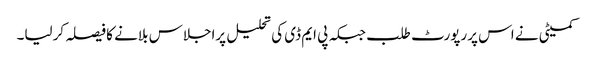
کمیٹی نے اس پررپورٹ طلب جبکہ پی ایم ڈی کی تحلیل پراجلاس بلانے کا فیصلہ کرلیا۔